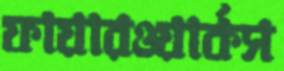
ফায়ারওয়ার্কস